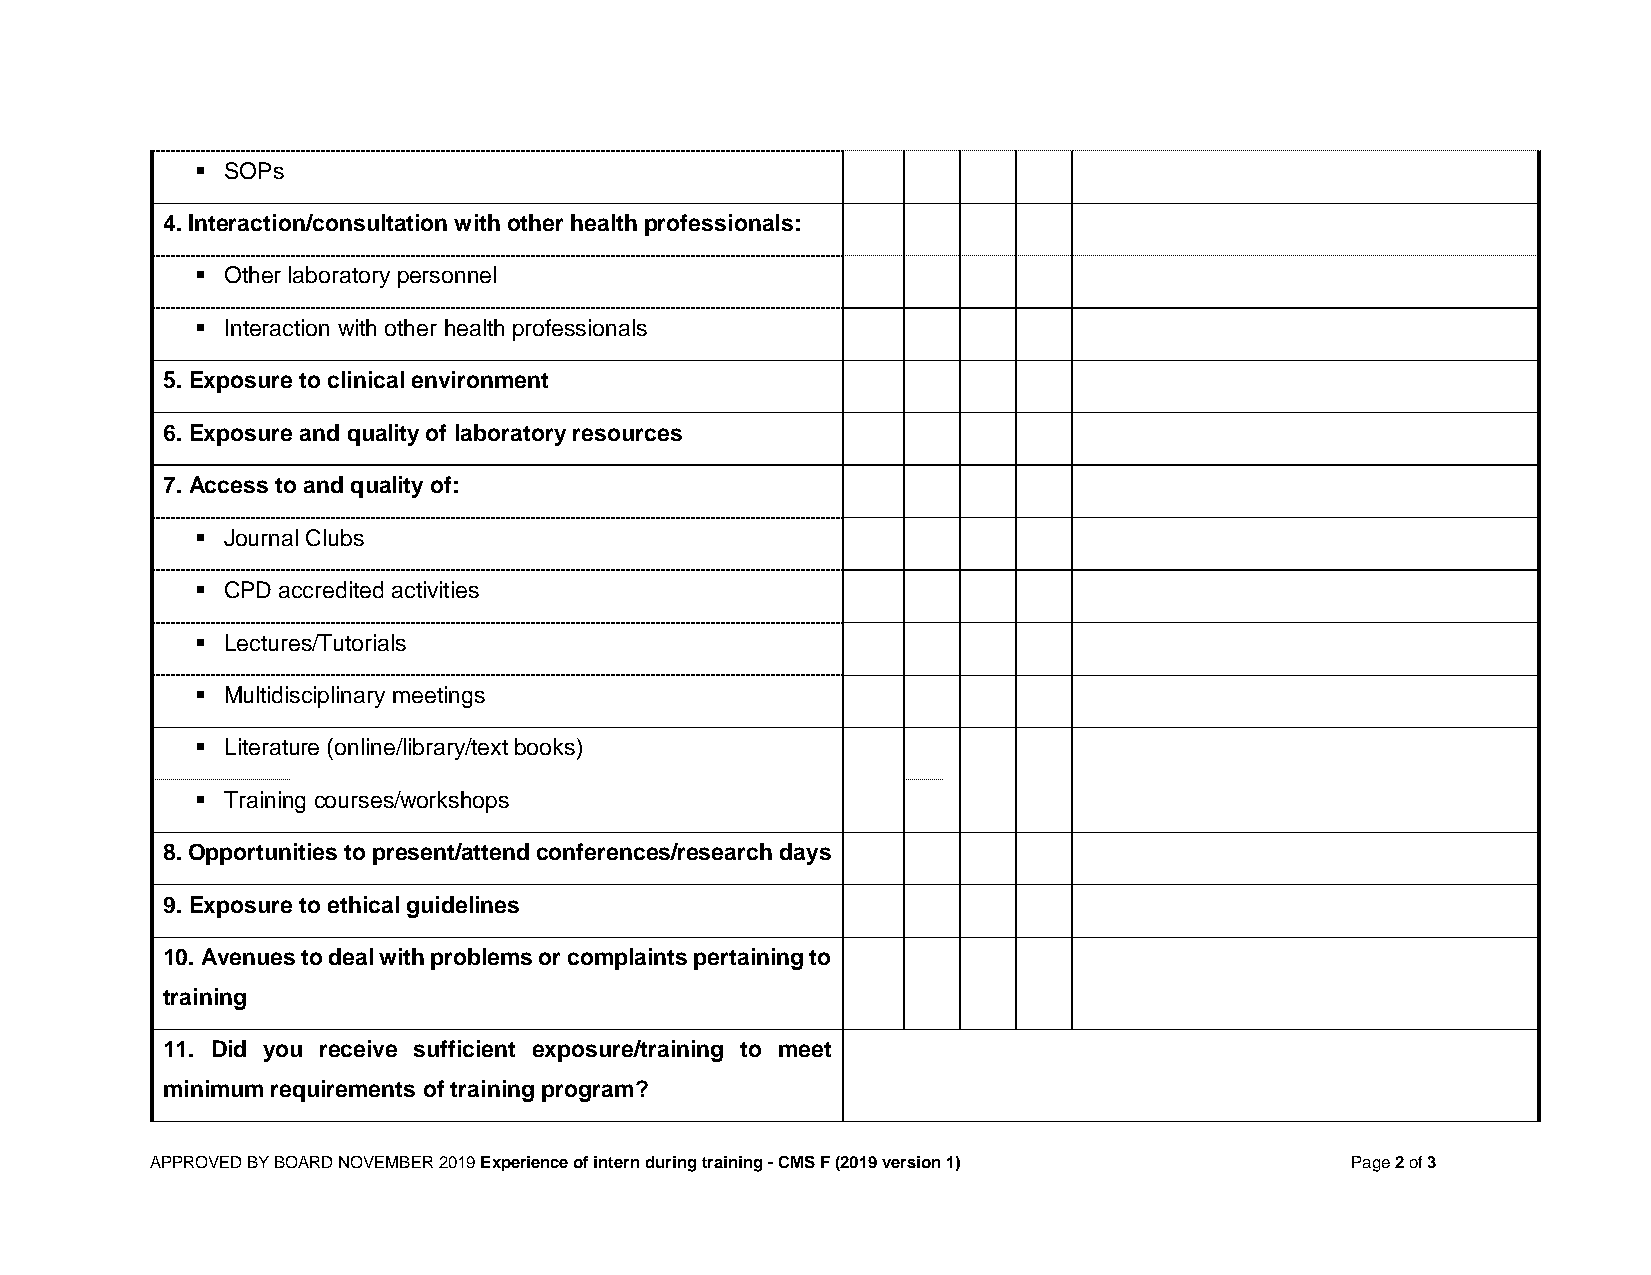
▪ SOPs
 4. Interaction/consultation with other health professionals:
 ▪ Other laboratory personnel
 ▪ Interaction with other health professionals
 5. Exposure to clinical environment
 6. Exposure and quality of laboratory resources
 7. Access to and quality of:
 ▪ Journal Clubs
 ▪ CPD accredited activities
 ▪ Lectures/Tutorials
 ▪ Multidisciplinary meetings
 ▪ Literature (online/library/text books)
 ▪ Training courses/workshops
 8. Opportunities to present/attend conferences/research days
 9. Exposure to ethical guidelines
 10. Avenues to deal with problems or complaints pertaining to
 training
 11. Did you receive sufficient exposure/training to meet
 minimum requirements of training program?
 APPROVED BY BOARD NOVEMBER 2019 Experience of intern during training - CMS F (2019 version 1) Page 2 of 3